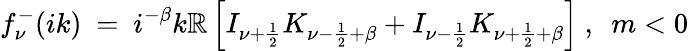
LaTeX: f_{\nu}^{-}(ik)\ =\ i^{-\beta}k\mathbb{R}\left[I_{\nu+\frac{1}{2}}K_{\nu-\frac{1}{2}+\beta}+I_{\nu-\frac{1}{2}}K_{\nu+\frac{1}{2}+\beta}\right]\ ,\ \ m<0